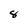
Character: 8